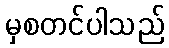
မှစတင်ပါသည်